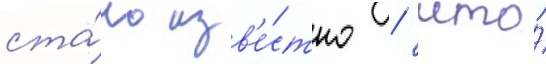
ста́ло изв'е́стно / что́